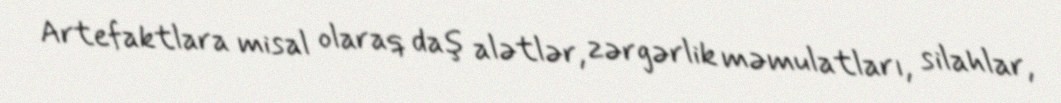
Artefaktlara misal olaraq daş alətlər, zərgərlik məmulatları, silahlar,